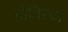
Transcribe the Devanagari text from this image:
बोधिराज